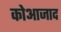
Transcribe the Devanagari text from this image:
कोआजाद